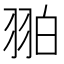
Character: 𦐚